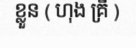
ខ្លួន ( ហុង គ្រី )